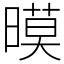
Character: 暯